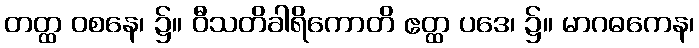
တတ္ထ ဝစနေ၊ ၌။ ဝီသတိခါရိကောတိ ဧတ္ထ ပဒေ၊ ၌။ မာဂဓကေန၊